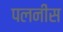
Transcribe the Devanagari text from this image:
पलनीस